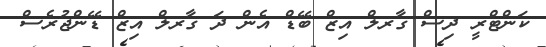
ކަންޓްރީ ދިސް ގާރލް އިޒް ބޭޑް އެން ދަ ގާރލް އިޒް ޑޭންޖުރެސް